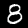
Label: 8